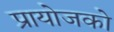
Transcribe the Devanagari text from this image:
प्रायोजको